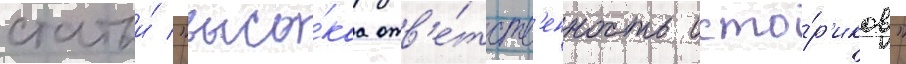
статьи́ "высо́каа отв'е́тств'енность исто́р'иков"